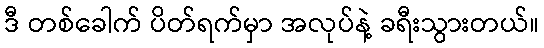
ဒီ တစ်ခေါက် ပိတ်ရက်မှာ အလုပ်နဲ့ ခရီးသွားတယ်။